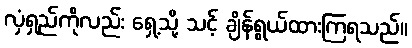
လှံရှည်ကိုလည်း ရှေ့သို့ သင့် ချိန်ရွယ်ထားကြရသည်။